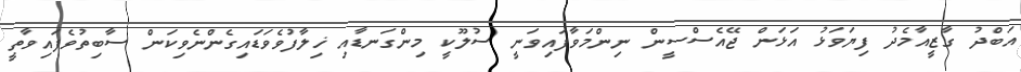
އަބްދު ގާޒީއާމެދު ފިޔަވަޅު އަޅަން ޖޭއެސްސީން ނިންމަވާފައިވަނީ ސުލޫކީ މިންގަނޑާއި ޚިލާފުވެވަޑައިގެންނެވިކަން ސާބިތުވެފައިވާތީ